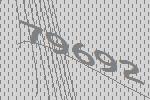
79692